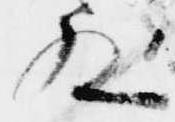
殿